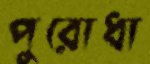
পুরোধা